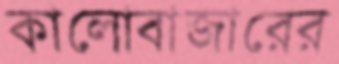
কালোবাজারের